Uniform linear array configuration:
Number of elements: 48
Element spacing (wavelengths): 1
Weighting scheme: hamming
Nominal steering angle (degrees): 60
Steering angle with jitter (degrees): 59.382
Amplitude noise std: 0.05
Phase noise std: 0.05

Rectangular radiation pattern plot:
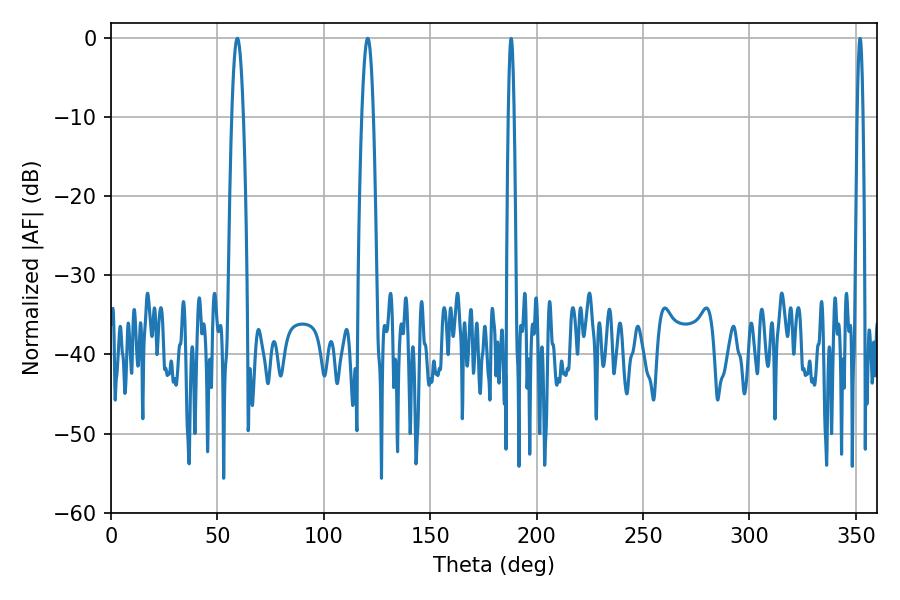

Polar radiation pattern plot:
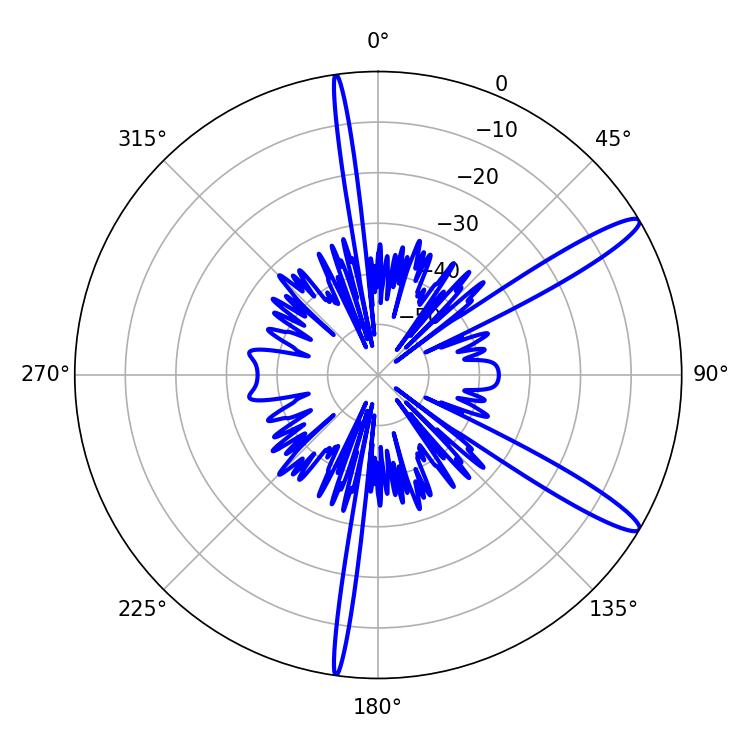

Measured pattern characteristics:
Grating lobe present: TRUE
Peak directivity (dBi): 13.468
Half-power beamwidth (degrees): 2.88
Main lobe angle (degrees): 59.4